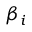
\beta _ { i }